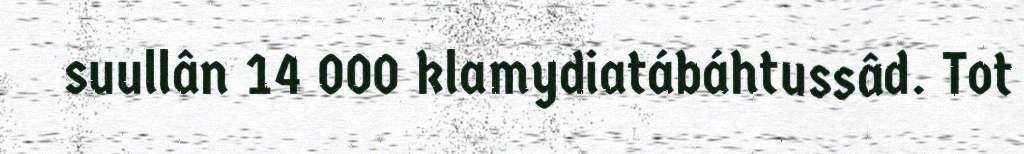
suullân 14 000 klamydiatábáhtussâd. Tot